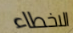
الاخطاء